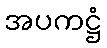
အပကဋ္ဌံ